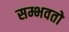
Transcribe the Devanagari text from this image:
सम्भवतो